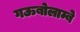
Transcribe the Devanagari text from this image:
गऊबोलाम्बे